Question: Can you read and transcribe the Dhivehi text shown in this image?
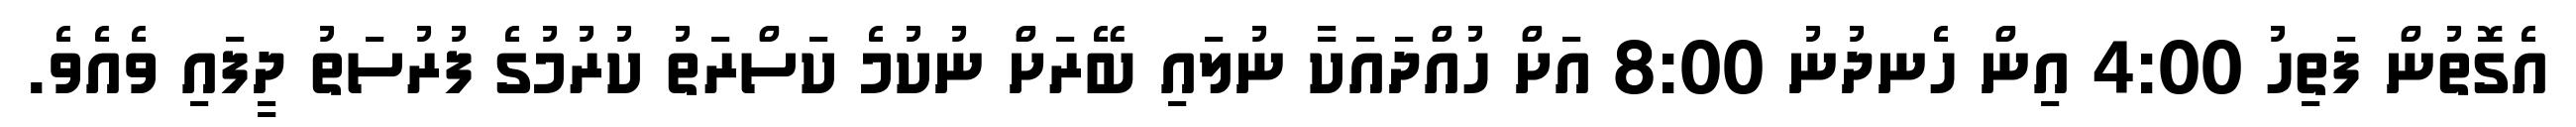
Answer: އެގޮތުން ފަތިހު 4:00 އިން ހެނދުނު 8:00 އަށް ހުއްދައަކާ ނުލައި ބޭރަށް ނުކުމެ ކަސްރަތު ކުރުމުގެ ފުރުސަތު ދީފައި ވެއެވެ.